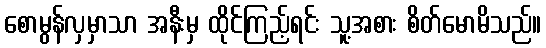
စောမွန်လှမှာသာ အနီးမှ ထိုင်ကြည့်ရင်း သူ့အစား စိတ်မောမိသည်။